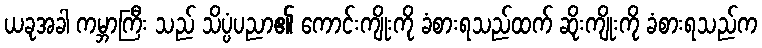
ယခုအခါ ကမ္ဘာကြီး သည် သိပ္ပံပညာ၏ ကောင်းကျိုးကို ခံစားရသည်ထက် ဆိုးကျိုးကို ခံစားရသည်က